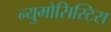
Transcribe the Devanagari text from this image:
न्युमोसिस्टिस